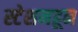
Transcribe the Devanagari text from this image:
स्टेशनहून